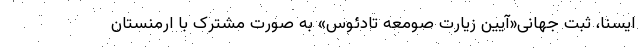
ایسنا، ثبت جهانی«آیین زیارت صومعه‌ تادئوس» به صورت مشترک با ارمنستان